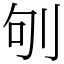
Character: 𠛎